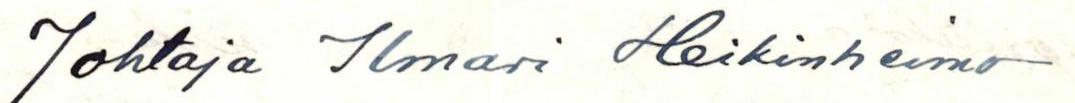
Johtaja Ilmari Heikinheimo